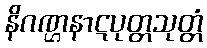
နိဂဏ္ဌနာဋပုတ္တသုတ္တံ